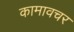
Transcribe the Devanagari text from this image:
कामावचर